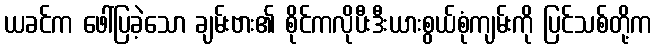
ယခင်က ဖေါ်ပြခဲ့သော ချမ်းဗား၏ စိုင်ကလိုပီးဒီးယားစွယ်စုံကျမ်းကို ပြင်သစ်တို့က